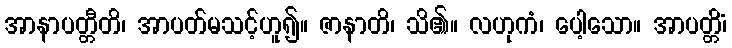
အာနာပတ္တီတိ၊ အာပတ်မသင့်ဟူ၍။ ဇာနာတိ၊ သိ၏။ လဟုကံ၊ ပေါ့သော။ အာပတ္တိံ၊